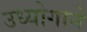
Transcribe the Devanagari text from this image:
उध्योगाने